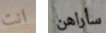
انت سأراهن